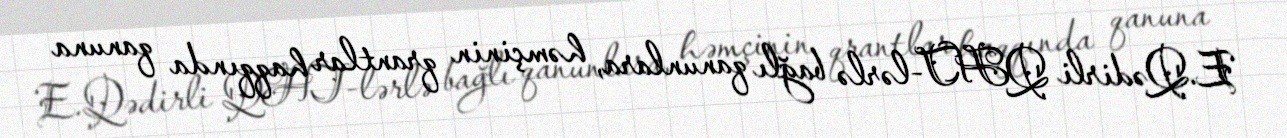
E.Qədirli QHT-lərlə bağlı qanunlara, həmçinin qrantlar haqqında qanuna